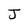
Character: J